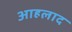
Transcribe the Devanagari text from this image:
आहलाद